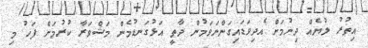
އިތުރު ލުޔެއް ދިނުމަށް އެދިވަޑައިގަންނަވަމުން ދާތީ އަޅުގަނޑުމެން މަޝްވަރާ ކުރުމަށް ފަހު މި